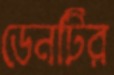
ডেনটির